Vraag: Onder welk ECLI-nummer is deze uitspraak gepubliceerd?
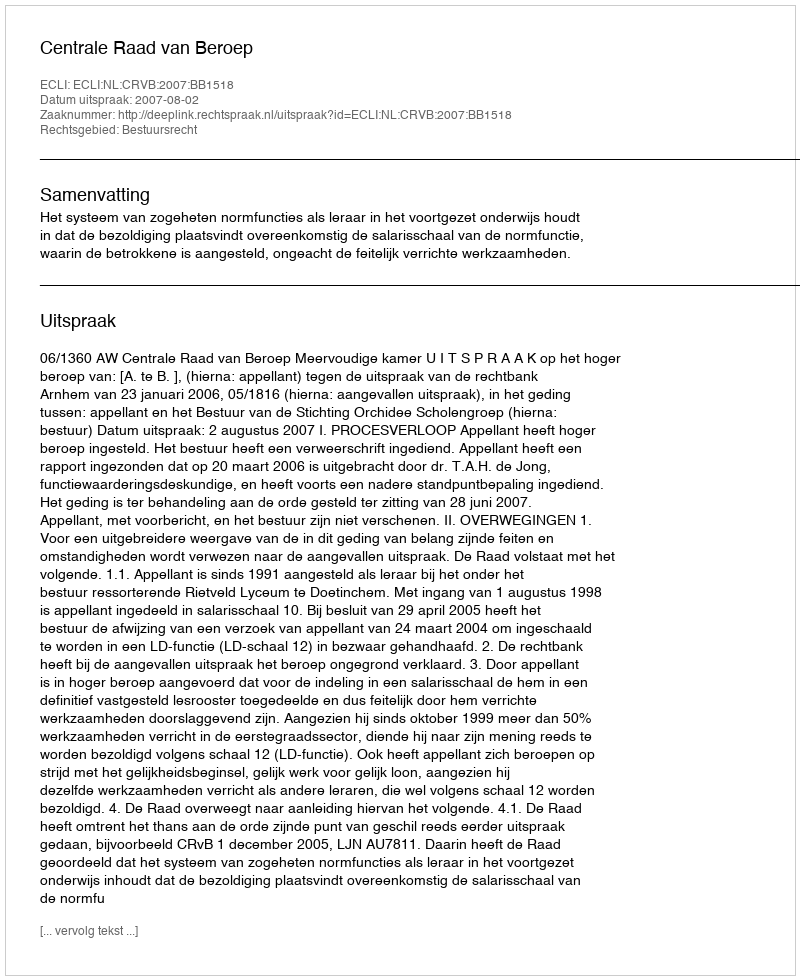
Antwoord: ECLI:NL:CRVB:2007:BB1518